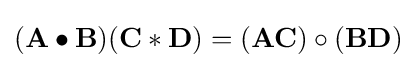
(\mathbf {A} \bullet \mathbf {B} )(\mathbf {C} \ast \mathbf {D} )=(\mathbf {A} \mathbf {C} )\circ (\mathbf {B} \mathbf {D} )